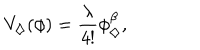
V _ { \diamondsuit } ( \phi ) = \frac { \lambda } { 4 ! } \phi _ { \diamondsuit } ^ { \beta } ,